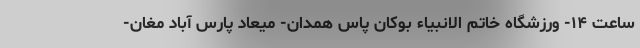
ساعت ۱۴- ورزشگاه خاتم الانبیاء بوکان پاس همدان- میعاد پارس آباد مغان-